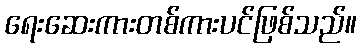
ရေးဆေးကားတစ်ကားပင်ဖြစ်သည်။